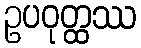
ဥပဝုတ္ထဿ